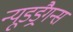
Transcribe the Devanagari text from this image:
न्यूडड्रैगन्स